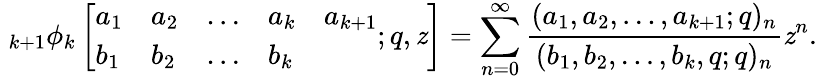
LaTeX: \; _{k+1}\phi_{k}\left[{\begin{array}{lllll}{a_{1}}&{a_{2}}&{\ldots}&{a_{k}}&{a_{k+1}}\\ {b_{1}}&{b_{2}}&{\ldots}&{b_{k}}\end{array}};q,\mathit{z}\right]=\sum_{n=0}^{\infty}{\frac{{(a_{1},a_{2},\ldots,a_{k+1};q)_{n}}}{{(b_{1},b_{2},\ldots,b_{k},q;q)_{n}}}}\mathit{z}^{n}.